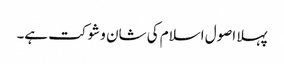
پہلا اصول اسلام کی شان و شوکت ہے۔